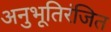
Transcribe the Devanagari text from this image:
अनुभूतिरंजित